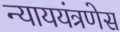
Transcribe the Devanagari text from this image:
न्याययंत्रणेस